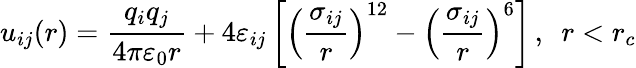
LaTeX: u_{ij}(r)=\frac{q_{i}q_{j}}{4\pi\varepsilon_{0}r}+4\varepsilon_{ij}\left[\left(\frac{\sigma_{ij}}{r}\right)^{12}-\left(\frac{\sigma_{ij}}{r}\right)^{6}\right]\, ,\ \ r<r_{c}